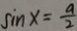
\sin x = \frac { a } { 2 }